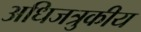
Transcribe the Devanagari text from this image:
अधिजत्रुकीय